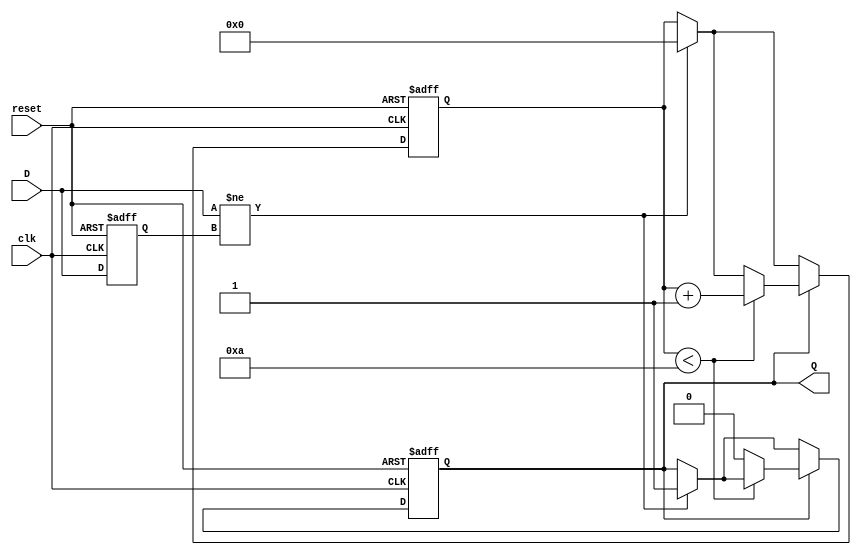
module monostable_edge_detector (
    input wire clk,         // Clock input
    input wire D,          // Input signal
    input wire reset,      // Asynchronous reset
    output reg Q           // Output pulse signal
);

    parameter PULSE_WIDTH = 10; // Pulse width in clock cycles

    reg D_prev;               // Previous state of the input signal
    reg [3:0] pulse_counter;  // Counter for pulse width

    // Edge detection and pulse generation
    always @(posedge clk or posedge reset) begin
        if (reset) begin
            D_prev <= 1'b0;          // Initialize previous state to 0
            Q <= 1'b0;               // Initialize output to 0
            pulse_counter <= 0;      // Reset pulse counter
        end else begin
            // Edge detection logic
            if (D != D_prev) begin
                // Edge detected (either rising or falling)
                Q <= 1'b1;            // Start the pulse
                pulse_counter <= 0;   // Reset the pulse counter
            end

            // Pulse generation logic
            if (Q) begin
                if (pulse_counter < PULSE_WIDTH) begin
                    pulse_counter <= pulse_counter + 1; // Increment counter
                end else begin
                    Q <= 1'b0;          // End the pulse after specified width
                end
            end
            
            // Update previous state
            D_prev <= D; 
        end
    end
endmodule